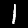
Digit: 1